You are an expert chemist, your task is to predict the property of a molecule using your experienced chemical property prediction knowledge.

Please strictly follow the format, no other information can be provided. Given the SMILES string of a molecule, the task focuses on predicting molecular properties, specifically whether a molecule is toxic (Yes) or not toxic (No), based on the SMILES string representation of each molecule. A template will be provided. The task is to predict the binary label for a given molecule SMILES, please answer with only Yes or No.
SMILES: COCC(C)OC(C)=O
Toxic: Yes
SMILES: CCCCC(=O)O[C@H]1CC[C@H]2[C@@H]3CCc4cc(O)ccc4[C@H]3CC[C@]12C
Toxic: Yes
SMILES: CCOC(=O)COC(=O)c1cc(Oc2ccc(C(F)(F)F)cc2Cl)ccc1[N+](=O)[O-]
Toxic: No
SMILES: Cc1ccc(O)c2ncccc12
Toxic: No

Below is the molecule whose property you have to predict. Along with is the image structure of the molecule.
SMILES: CCN1C(=CC=CC=Cc2sc3ccccc3[n+]2CC)Sc2ccccc21
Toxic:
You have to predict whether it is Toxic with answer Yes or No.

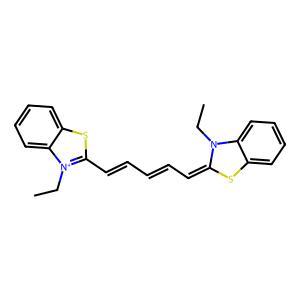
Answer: No